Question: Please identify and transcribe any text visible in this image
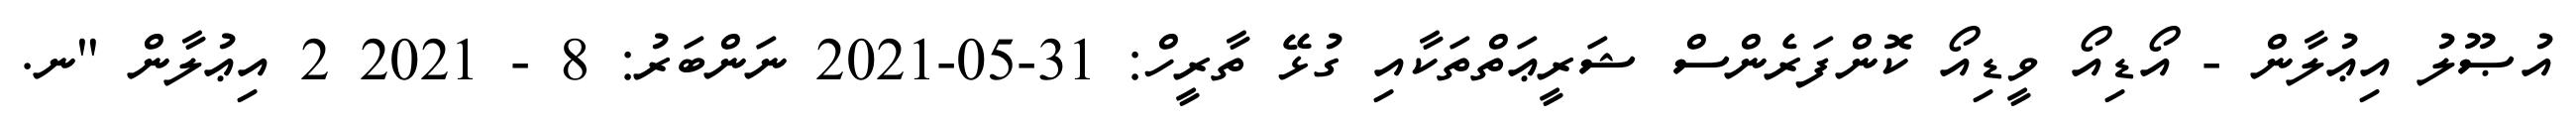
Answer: އުޞޫލު އިޢުލާން - އޯޑިއޯ ވީޑިއޯ ކޮންފަރެންސް ޝަރީޢަތްތަކާއި ގުޅޭ ތާރީހް: 31-05-2021 ނަންބަރު: 8 - 2021 2 އިޢުލާން "ނ.